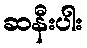
ဆနီးပါး